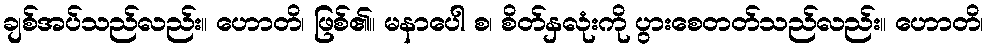
ချစ်အပ်သည်လည်း။ ဟောတိ၊ ဖြစ်၏။ မနာပေါ စ၊ စိတ်နှလုံးကို ပွားစေတတ်သည်လည်း။ ဟောတိ၊